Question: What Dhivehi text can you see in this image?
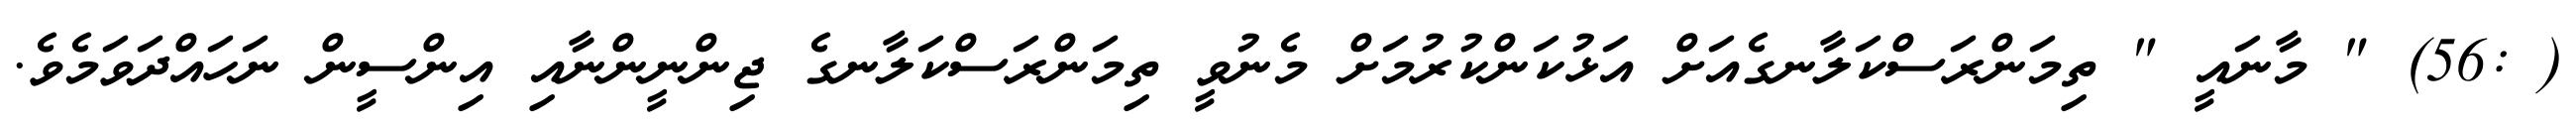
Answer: ( :56) " މާނައީ " ތިމަންރަސްކަލާނގެއަށް އަޅުކަންކުރުމަށް މެނުވީ ތިމަންރަސްކަލާނގެ ޖިންނީންނާއި އިންސީން ނަހައްދަވަމެވެ.